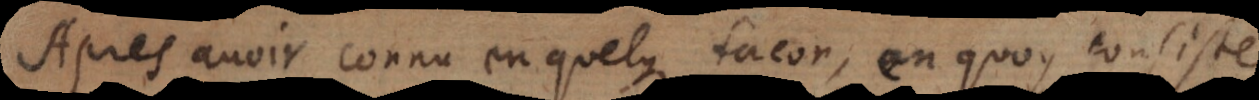
Apres avoir connu en quelque façon, en quoy consiste